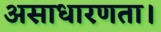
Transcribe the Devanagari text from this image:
असाधारणता।